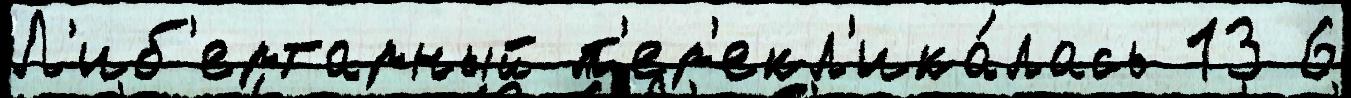
Л'иб'ертарный п'ер'екл'ика́лась 13 6